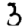
Digit: 3